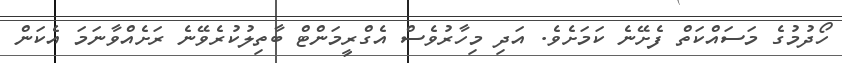
ހޯދުމުގެ މަސައްކަތް ފެށޭނެ ކަމަށެވެ. އަދި މިހާރުވެސް އެގްރީމަންޓް ބާތިލުކުރެވޭނެ ރަށެއްވާނަމަ އެކަން